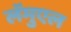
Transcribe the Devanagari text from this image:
लॅमुएल